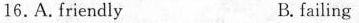
16,A.friendly B.failing